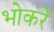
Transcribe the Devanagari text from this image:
भोकरें